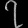
Digit: ၇